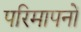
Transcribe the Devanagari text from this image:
परिमापनों